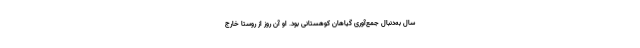
سال به‌دنبال جمع‌آوری گیاهان کوهستانی بود. او آن روز از روستا خارج